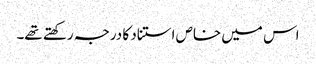
اس میں خاص استناد کا درجہ رکھتے تھے۔